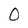
Character: O